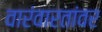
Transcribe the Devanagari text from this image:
वारंवारतांवर